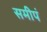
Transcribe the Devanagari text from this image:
समीपं